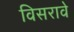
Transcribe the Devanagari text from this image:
विसरावे